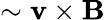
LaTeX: \sim\mathbf{v}\times\mathbf{B}